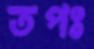
তপঃ